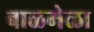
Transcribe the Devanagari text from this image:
बाळमेळा